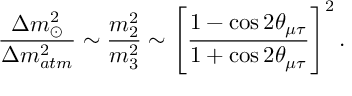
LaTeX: \frac { \Delta m _ { \odot } ^ { 2 } } { \Delta m _ { a t m } ^ { 2 } } \sim \frac { m _ { 2 } ^ { 2 } } { m _ { 3 } ^ { 2 } } \sim \left[ \frac { 1 - \cos 2 \theta _ { \mu \tau } } { 1 + \cos 2 \theta _ { \mu \tau } } \right] ^ { 2 } .